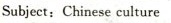
Subject:Chinese culture